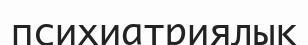
психиатриялық